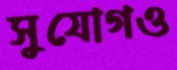
সুযোগও